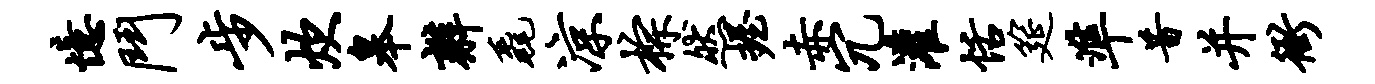
忆斗步炊皋辫毳凉棕然握赤冗灌恬筵准昔并衙